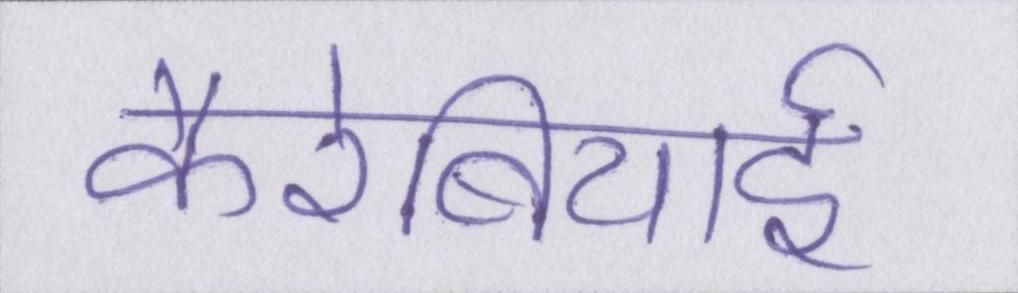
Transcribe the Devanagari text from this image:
कैरेबियाई